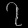
Digit: ၇